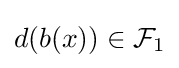
d(b(x))\in {\mathcal {F}}_{1}